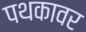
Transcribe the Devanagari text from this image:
पथकावर